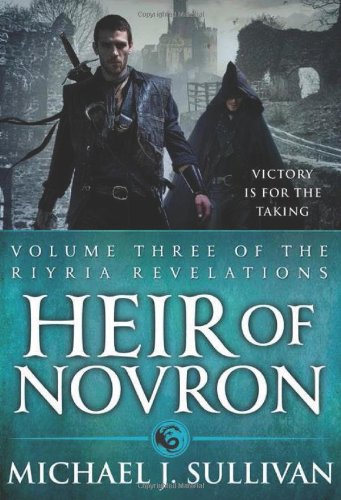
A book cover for Heir of Novron, Vol. 3(Riyria Revelations); Michael J. Sullivan; Science Fiction & Fantasy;